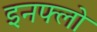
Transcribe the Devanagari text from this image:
इनफ्लो